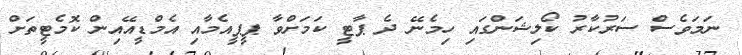
ނަމަވެސް ސަރުކާރު ކޯލިޝަންގައި ހިމެނޭ ދެ ޕާޓީ ކަމަށްވާ ޕީޕީއެމާއި އެމްޑީއޭއިން ކޮމެޓީތަށް